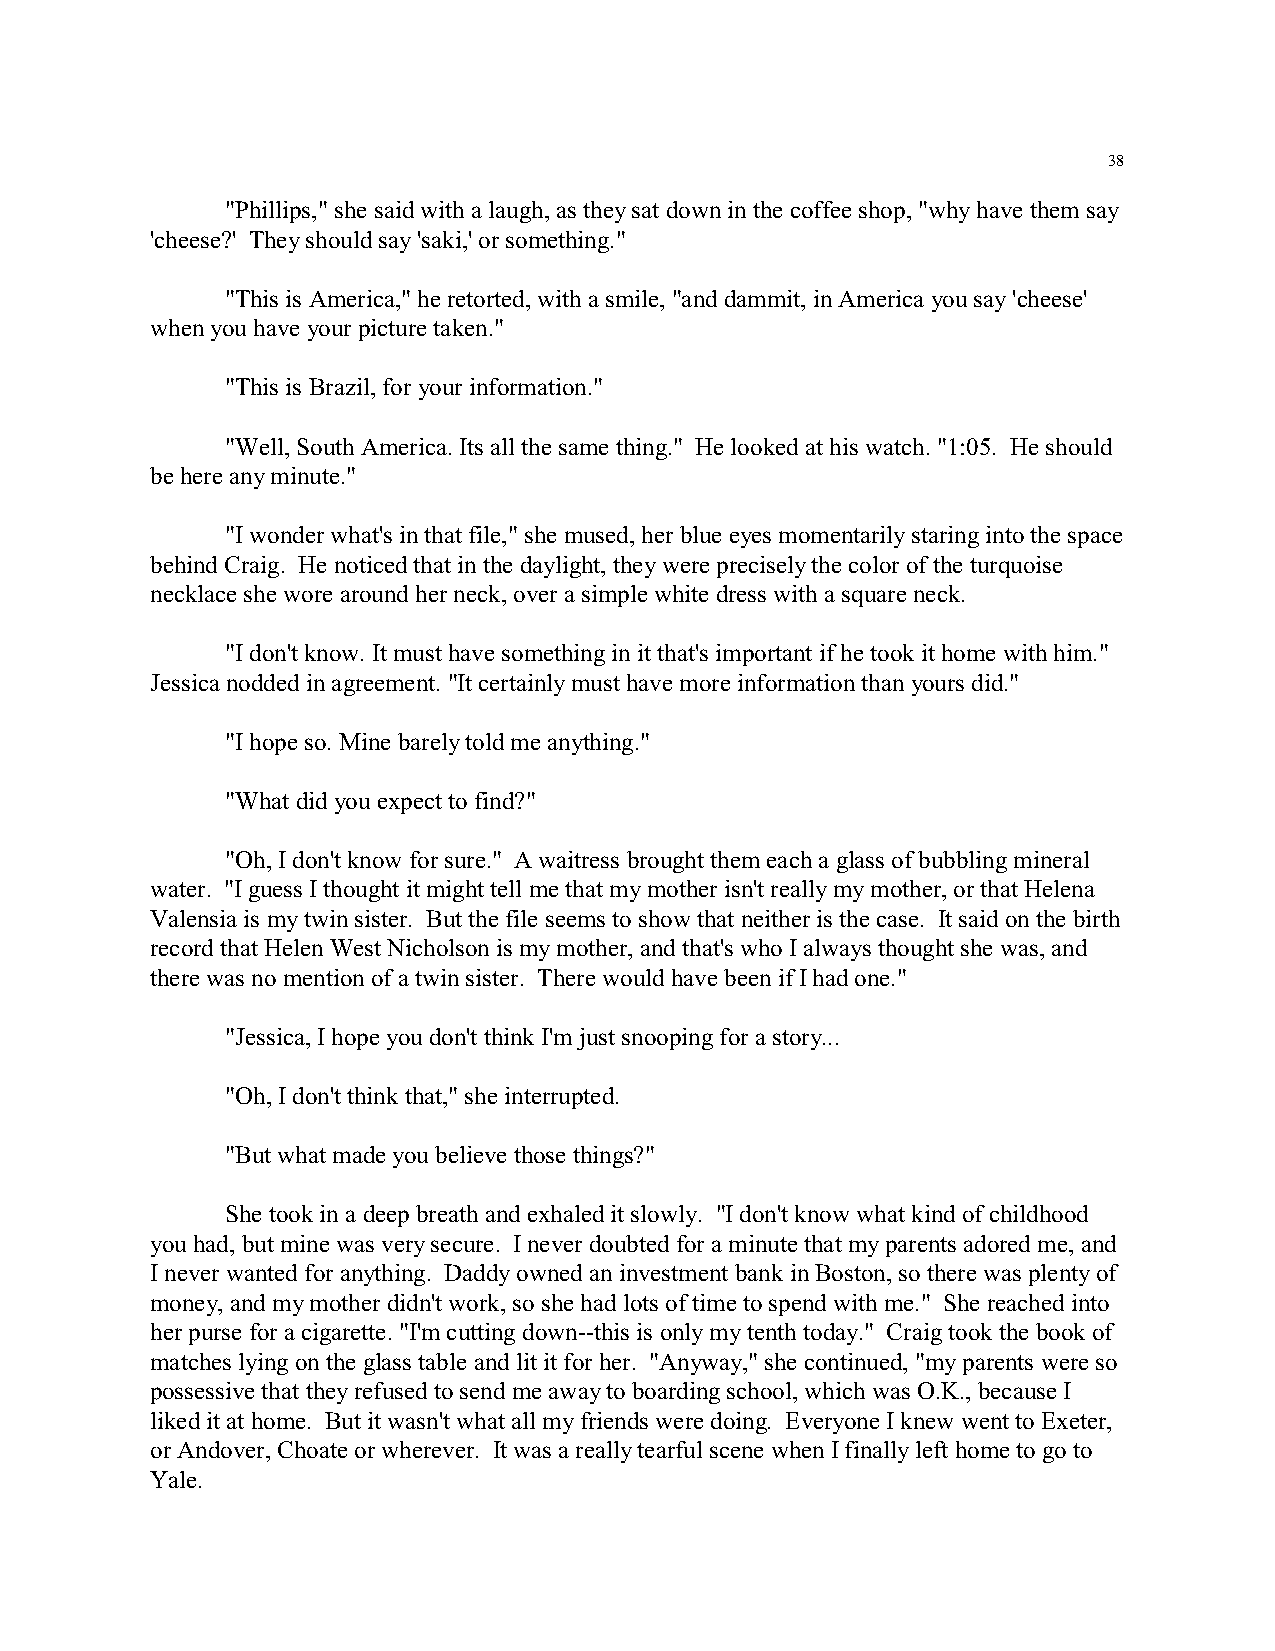
38
 "Phillips," she said with a laugh, as they sat down in the coffee shop, "why have them say
 'cheese?' They should say 'saki,' or something."
 "This is America," he retorted, with a smile, "and dammit, in America you say 'cheese'
 when you have your picture taken."
 "This is Brazil, for your information."
 "Well, South America. Its all the same thing." He looked at his watch. "1:05. He should
 be here any minute."
 "I wonder what's in that file," she mused, her blue eyes momentarily staring into the space
 behind Craig. He noticed that in the daylight, they were precisely the color of the turquoise
 necklace she wore around her neck, over a simple white dress with a square neck.
 "I don't know. It must have something in it that's important if he took it home with him."
 Jessica nodded in agreement. "It certainly must have more information than yours did."
 "I hope so. Mine barely told me anything."
 "What did you expect to find?"
 "Oh, I don't know for sure." A waitress brought them each a glass of bubbling mineral
 water. "I guess I thought it might tell me that my mother isn't really my mother, or that Helena
 Valensia is my twin sister. But the file seems to show that neither is the case. It said on the birth
 record that Helen West Nicholson is my mother, and that's who I always thought she was, and
 there was no mention of a twin sister. There would have been if I had one."
 "Jessica, I hope you don't think I'm just snooping for a story...
 "Oh, I don't think that," she interrupted.
 "But what made you believe those things?"
 She took in a deep breath and exhaled it slowly. "I don't know what kind of childhood
 you had, but mine was very secure. I never doubted for a minute that my parents adored me, and
 I never wanted for anything. Daddy owned an investment bank in Boston, so there was plenty of
 money, and my mother didn't work, so she had lots of time to spend with me." She reached into
 her purse for a cigarette. "I'm cutting down--this is only my tenth today." Craig took the book of
 matches lying on the glass table and lit it for her. "Anyway," she continued, "my parents were so
 possessive that they refused to send me away to boarding school, which was O.K., because I
 liked it at home. But it wasn't what all my friends were doing. Everyone I knew went to Exeter,
 or Andover, Choate or wherever. It was a really tearful scene when I finally left home to go to
 Yale.